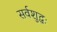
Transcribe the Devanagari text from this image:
सर्वशुद्धः